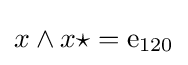
x\wedge x\star ={\text{e}}_{120}